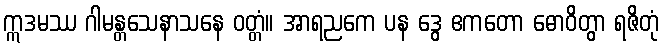
ဣဒမဿ ဂါမန္တသေနာသနေ ဝတ္တံ။ အာရညကေ ပန ဒွေ ဧကတော ဓောဝိတွာ ရဇိတုံ